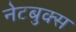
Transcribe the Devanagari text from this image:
नेटबुक्स